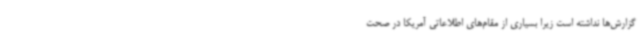
گزارش‌ها نداشته است زیرا بسیاری از مقام‌های اطلاعاتی آمریکا در صحت